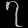
Digit: ၇